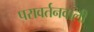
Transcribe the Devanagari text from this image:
परावर्तनवाली